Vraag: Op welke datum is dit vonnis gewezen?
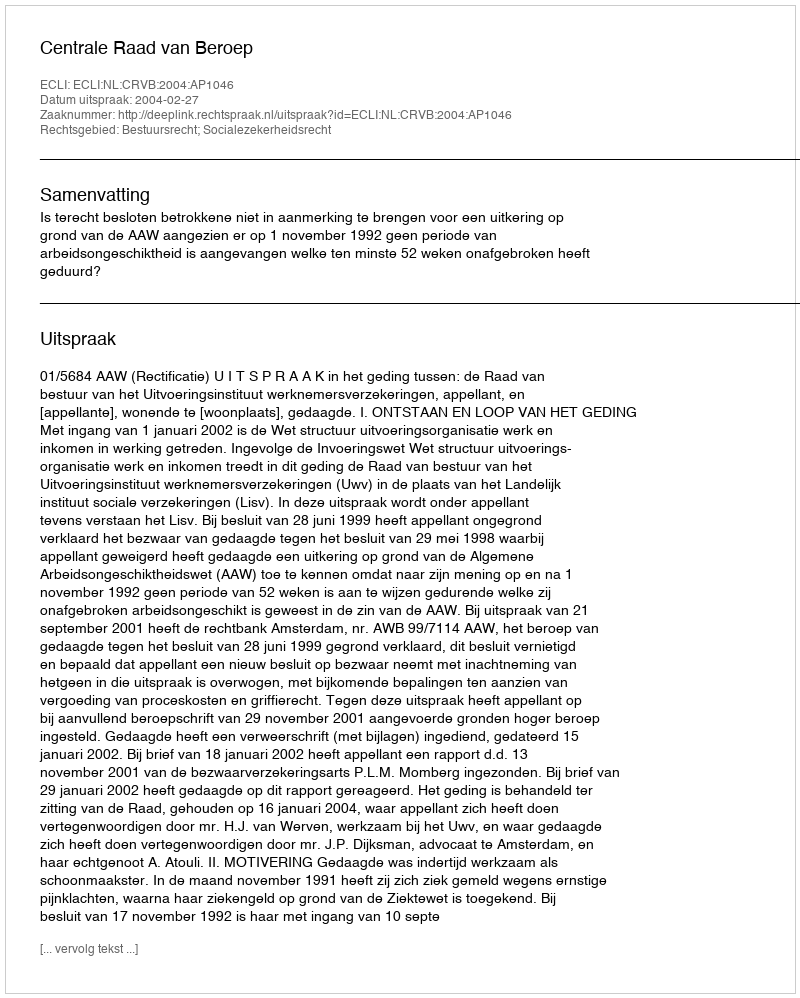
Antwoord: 2004-02-27